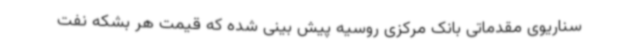
سناریوی مقدماتی بانک مرکزی روسیه پیش بینی شده که قیمت هر بشکه نفت